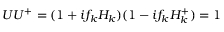
U U ^ { + } = ( 1 + i f _ { k } H _ { k } ) ( 1 - i f _ { k } H _ { k } ^ { + } ) = 1